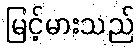
မြင့်မားသည်